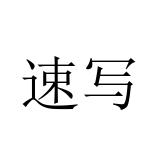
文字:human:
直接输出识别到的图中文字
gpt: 速写